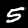
Digit: 5